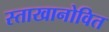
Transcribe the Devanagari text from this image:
स्ताखानोवित